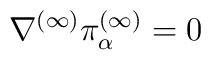
\nabla^{(\infty)} \pi_\alpha^{(\infty)} = 0